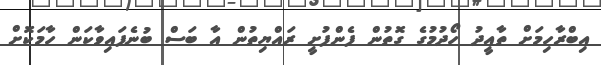
އިބްރާހިމަށް ތާއީދު ހޯދުމުގެ ގޮތުން ފެންފުށީ ރައްޔިތުން އާ ބަސް ބުނެފައިވާކަން ހާމަކޮށް